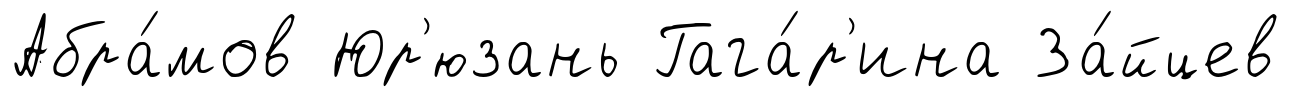
Абра́мов Юр'юзань Гага́р'ина За́йцев